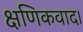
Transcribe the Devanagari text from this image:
क्षणिकवाद।